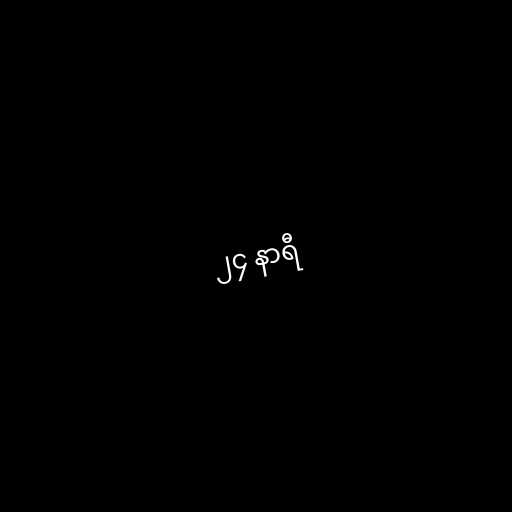
၂၄ နာရီ